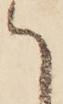
て